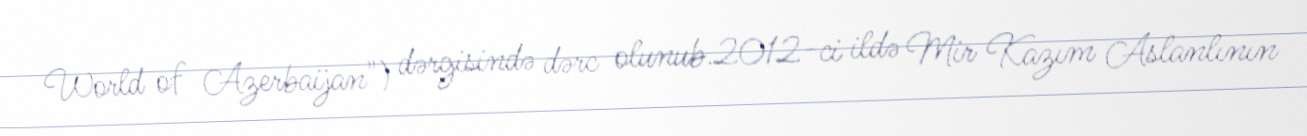
World of Azerbaijan") dərgisində dərc olunub.2012-ci ildə Mir Kazım Aslanlının